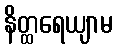
နိတ္ထရေယျာမ